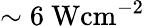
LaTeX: \sim 6~\textrm{Wcm}^{-2}